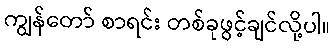
ကျွန်တော် စာရင်း တစ်ခုဖွင့်ချင်လို့ပါ။